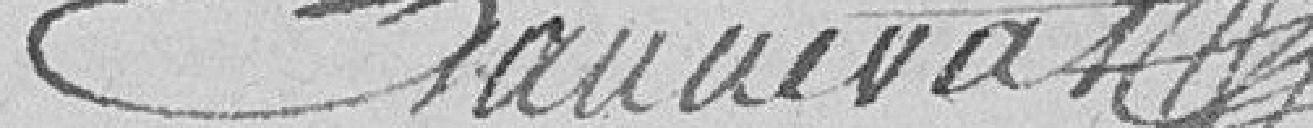
Bonneval